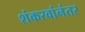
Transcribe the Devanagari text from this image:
शंकरवांनंतर